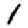
Digit: 1